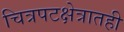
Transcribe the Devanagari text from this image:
चित्रपटक्षेत्रातही